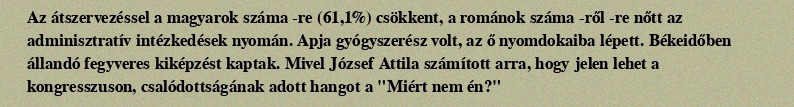
Az átszervezéssel a magyarok száma -re (61,1%) csökkent, a románok száma -ről -re nőtt az adminisztratív intézkedések nyomán. Apja gyógyszerész volt, az ő nyomdokaiba lépett. Békeidőben állandó fegyveres kiképzést kaptak. Mivel József Attila számított arra, hogy jelen lehet a kongresszuson, csalódottságának adott hangot a "Miért nem én?"